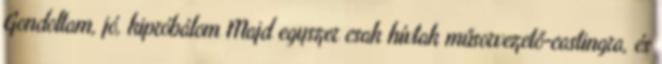
Gondoltam, jó, kipróbálom Majd egyszer csak hívtak műsorvezető-castingra, és